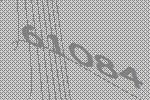
61084